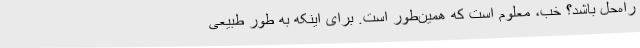
راه‌حل باشد؟ خب، معلوم است که همین‌طور است. برای اینکه به طور طبیعی